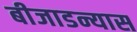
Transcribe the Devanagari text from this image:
बीजाडन्यास